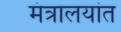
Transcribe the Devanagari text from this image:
मंत्रालयांत